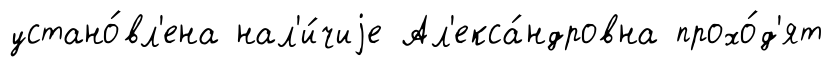
устано́вл'ена нал'и́чиjе Ал'екса́ндровна прохо́д'ят